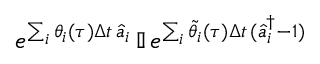
e ^ { \sum _ { i } \theta _ { i } ( \tau ) \Delta t \, \hat { a } _ { i } } \, \mathbb { I } \, e ^ { \sum _ { i } \tilde { \theta } _ { i } ( \tau ) \Delta t \, ( \hat { a } _ { i } ^ { \dagger } - 1 ) }